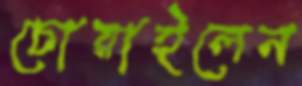
চোয়াইলেন